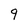
Character: 9